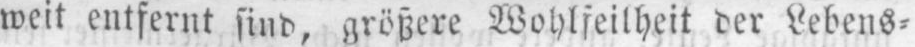
weit entfernt sind, größere Wohlfeilheit der Lebens⸗